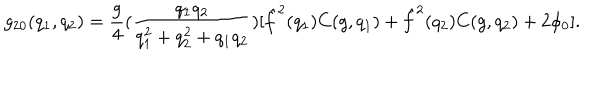
g _ { 2 0 } ( q _ { 1 } , q _ { 2 } ) = { \frac { g } { 4 } } ( { \frac { q _ { 1 } q _ { 2 } } { q _ { 1 } ^ { 2 } + q _ { 2 } ^ { 2 } + q _ { 1 } q _ { 2 } } } ) [ \hat { f } ^ { 2 } ( q _ { 1 } ) C ( g , q _ { 1 } ) + \hat { f } ^ { 2 } ( q _ { 2 } ) C ( g , q _ { 2 } ) + 2 \phi _ { 0 } ] .